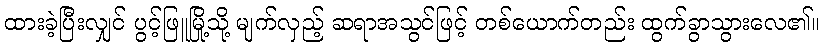
ထားခဲ့ပြီးလျှင် ပွင့်ဖြူမြို့သို့ မျက်လှည့် ဆရာအသွင်ဖြင့် တစ်ယောက်တည်း ထွက်ခွာသွားလေ၏။